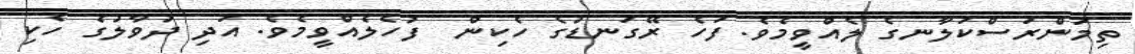
ތިމަންރަސްކަލާނގެ ލެއްވީމެވެ. ފަހެ ރޭގަނޑުގެ ހެކިން  ފުހެލެއްވީމެވެ. އަދި ދުވާލުގެ ހެކި